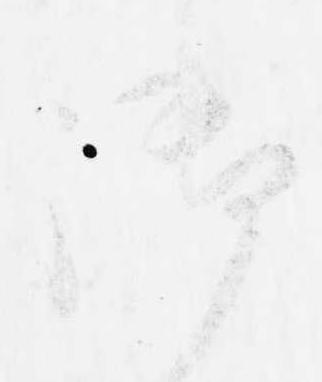
御